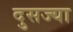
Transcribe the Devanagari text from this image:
दुसज्या